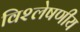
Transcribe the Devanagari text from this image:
विश्लेषणीय